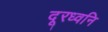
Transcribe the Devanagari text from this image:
दूरध्वनि